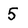
Character: 5